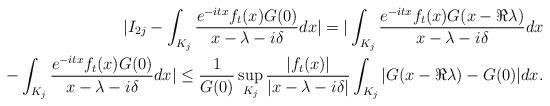
LaTeX: \begin{align*} | I_{2j} - \int_{K_j} \frac{e^{-itx} f_t (x) G(0) }{x- \lambda - i\delta } dx | = | \int_{K_j} \frac{e^{-itx} f_t (x) G(x - \Re \lambda) }{x-\lambda - i\delta } dx \\- \int_{K_j} \frac{e^{-itx} f_t (x)G(0) }{x- \lambda - i\delta } dx | \leq \frac{1}{G(0)} \sup_{K_j} \frac{ |f_t (x)| }{ |x- \lambda - i\delta|} \int_{K_j} | G(x - \Re \lambda) - G(0) | dx.\end{align*}